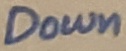
Text: Down